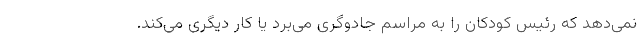
نمی‌دهد که رئیس کودکان را به مراسم جادوگری می‌برد یا کار دیگری می‌کند.